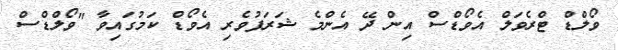
ވޯލްޑް ޓްރެވަލް އެވޯޑްސް އިން ދޭ އެންމެ ޝަރަފުވެރި އެވޯޑް ކަމުގައިވާ "ވޯލްޑްސް